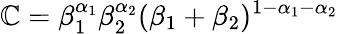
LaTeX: \mathbb{C}=\beta_{1}^{\alpha_{1}}\beta_{2}^{\alpha_{2}}(\beta_{1}+\beta_{2})^{1-\alpha_{1}-\alpha_{2}}